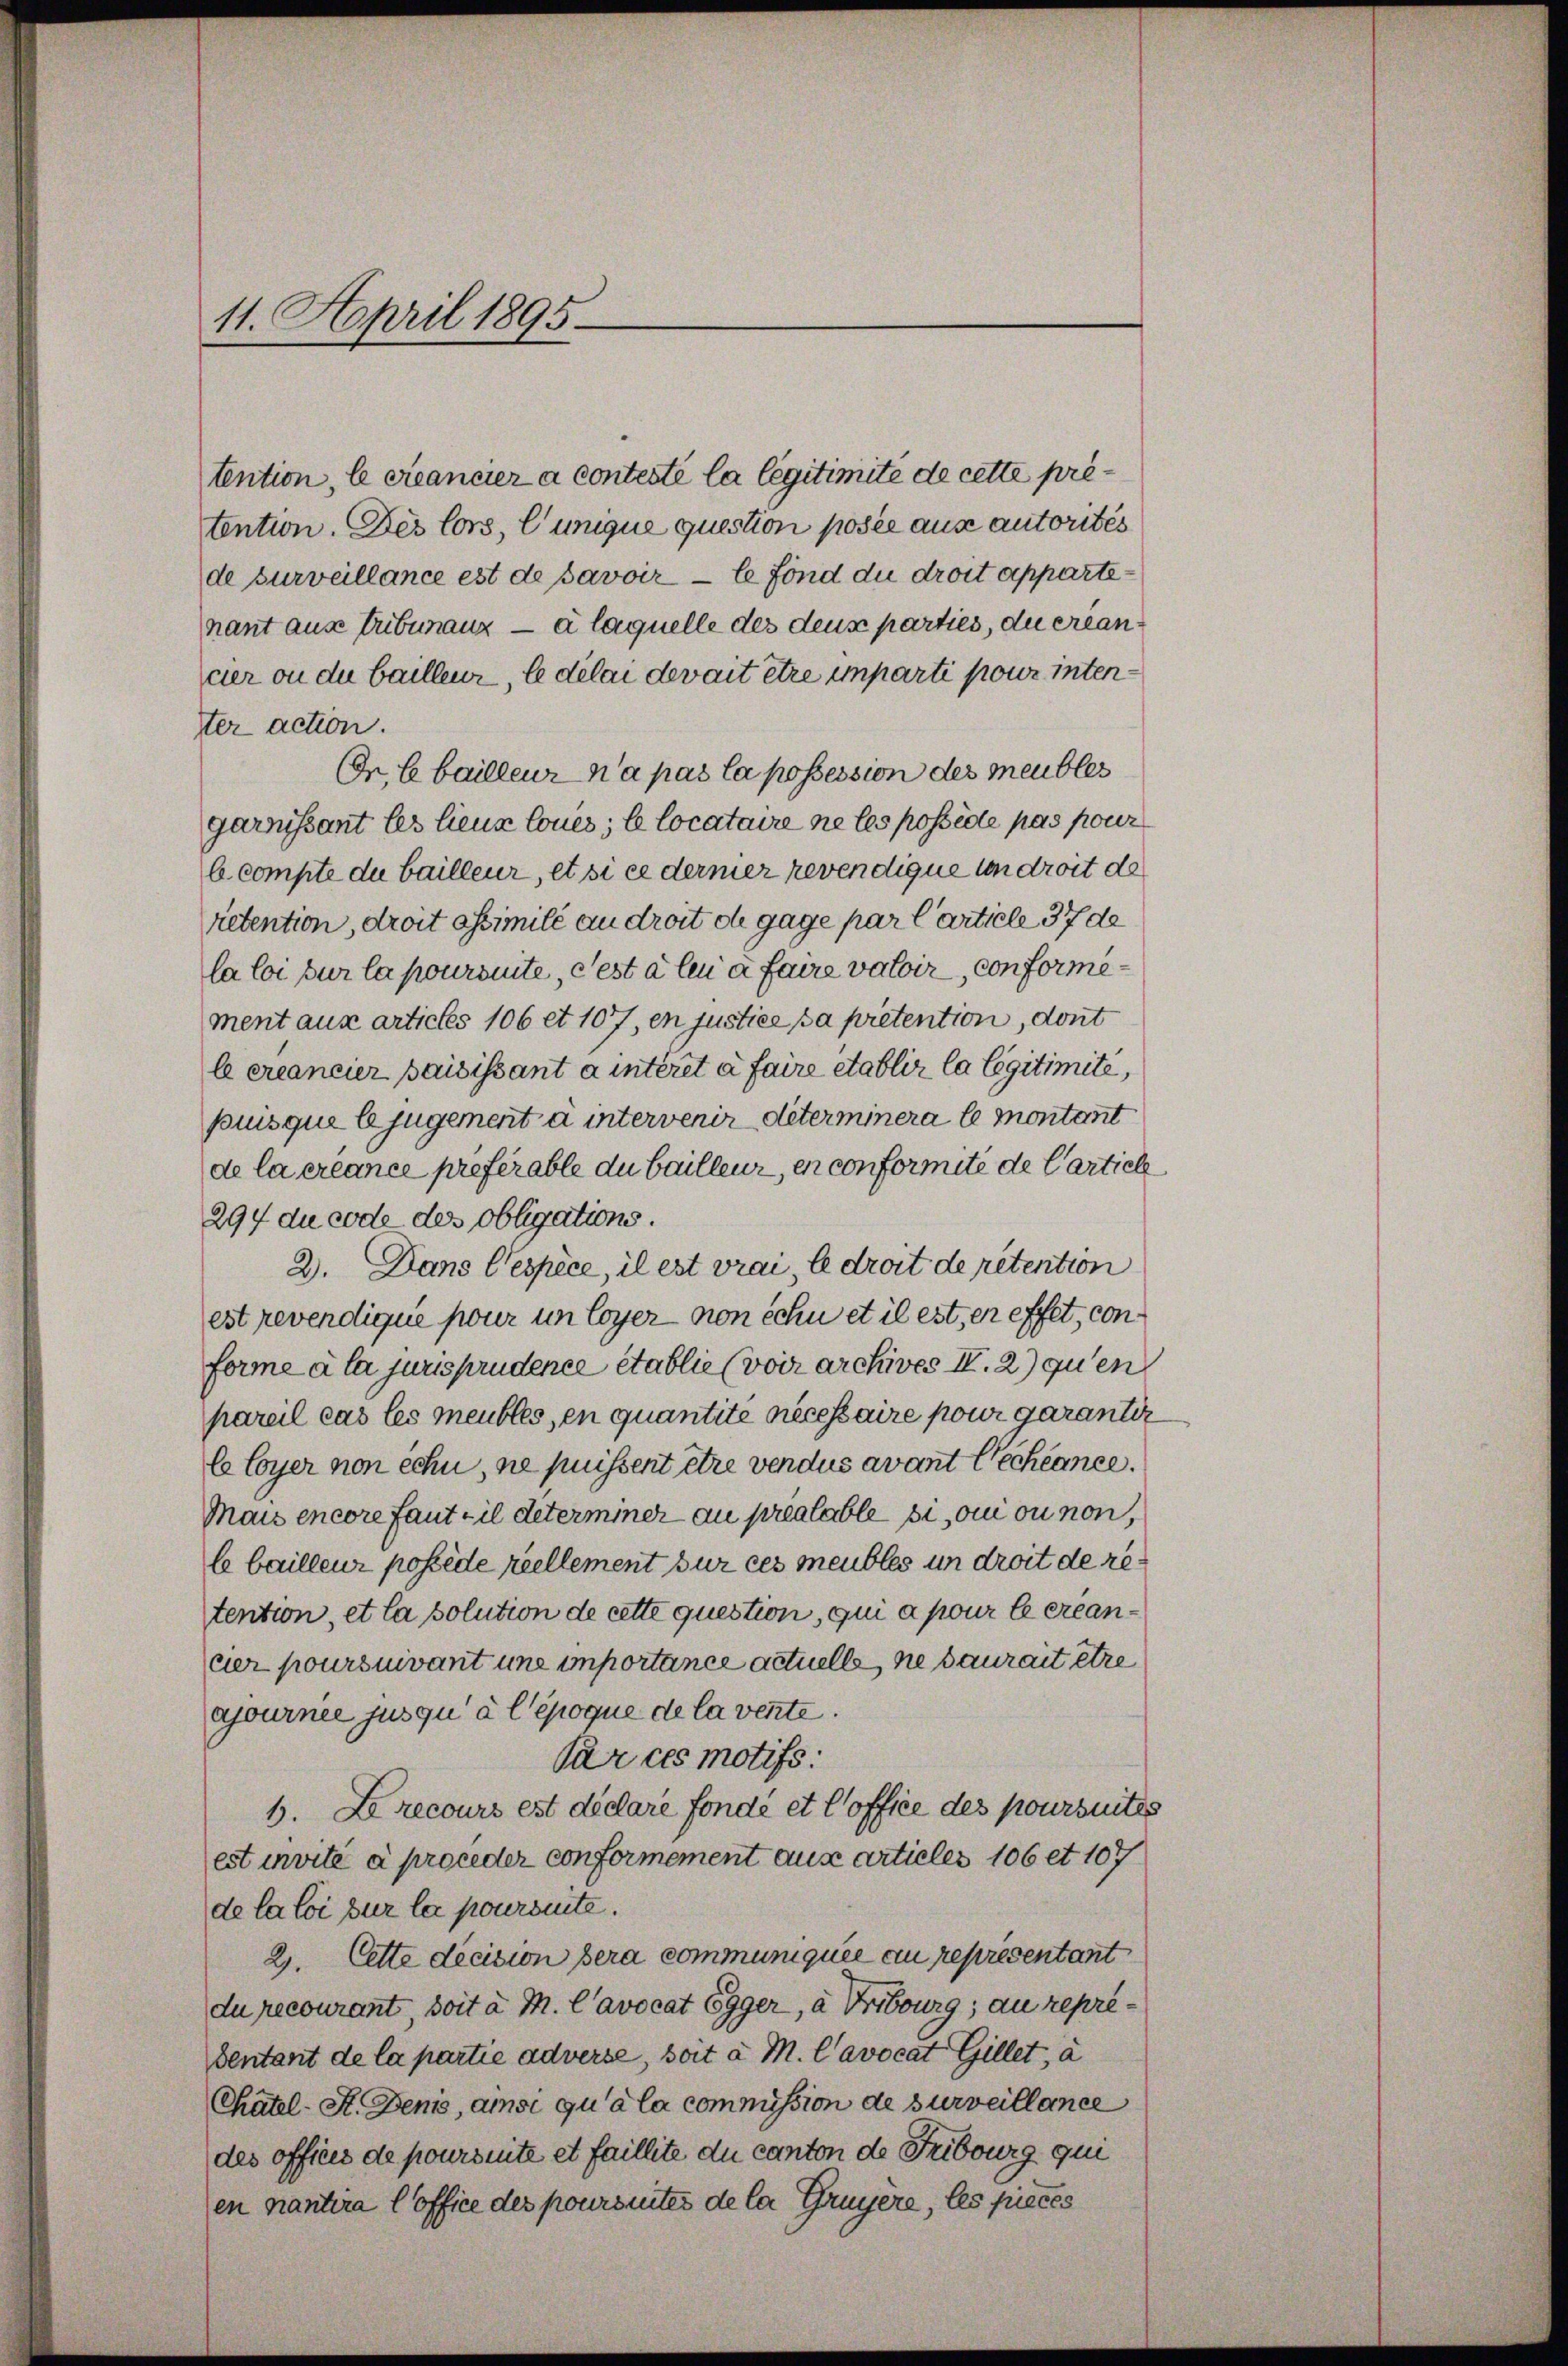
11. April 1895

tention, le créancier à contesté la légitimite de cette pre
tention. Des lors, l’unique question posée aus autorités
de surveillance est de savoir - le fond die droit appartenant ause triburanz — à laquelle des deus parties, du erlancer ou du bailleur, le délai devait être imparti pour intenter action.
Cn Ee bailleur n’a pas la possession des meubles
garnissant les lieux loues; le locataire ne les possède pas pour
6 compte du bailleur, et si ce dermer revendique von droit de
retention, droit assimilé au droit de gage par l’article 37 de
la loi sur la pouronte, c’est à leu à faire valoir conformement aux articles 106 et 107, en justice pa pretention, dont
le créancier paisissant à interet à faire etablir la legitimite,
puis que le jugement à intervenir determinera le montant
de la créance préférable du bailleur, en conformite de Cartich¬
294 du code des Obligations.
2. Dans Wespèce, il est vrai, le droit de retention
est revendique pour in loyer non échu et il est, er effet, conforme à la jurisprudence établie (voir archives II. 2) qu’en
pareil cas les meubles, en quantité necessaire pour garantiz
le loyer von echi, ne puissent être vendus avant échéance.
Mais encore faut il determiner au préalable si, ou ou non,
le bailleur possède reellement sur ces meubles un droit de retention, et la solution de cette question, qui a pour le creancer poursuivant uns importance actuelle, ne saurait être
ajournee jusqu’à l’époque de la vente.
Par ces motifs:
6. Le recours est déclare fondé et l’office des poursuites
est invite à proceder conformement aus articles 106 et 107
de la loi sur la pouronte.
2. Cette decision bera communiquée au représentant
du recourant, soit à M. Cavocat Egger, a Fribourg; au repredentant de la partie adverse, soit a M. Cavocat Gillet, à
Chatel-St. Denis, ainsi qu’à la commission de surveillance
des offices de poursuite et faillite du canton de Fribourg qui
en nantera l’office des poursuites de la Gruyere, les pieces